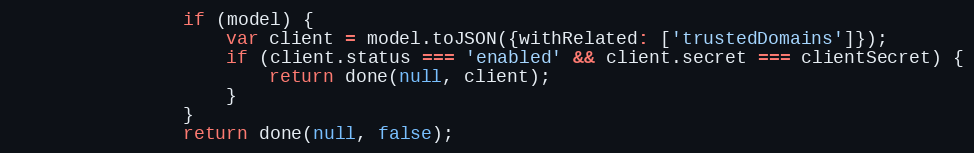
Language: JavaScript
                if (model) {
                    var client = model.toJSON({withRelated: ['trustedDomains']});
                    if (client.status === 'enabled' && client.secret === clientSecret) {
                        return done(null, client);
                    }
                }
                return done(null, false);